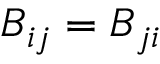
B _ { i j } = B _ { j i }